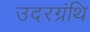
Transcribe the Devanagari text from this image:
उदरग्रंथि